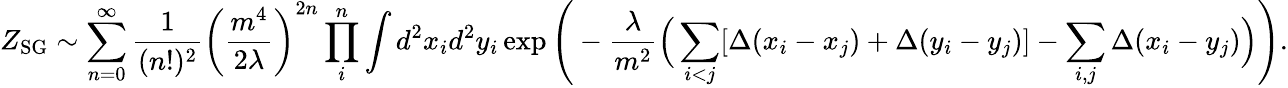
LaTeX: Z_{\mathrm{SG}}\sim\sum_{n=0}^{\infty}\frac{1}{(n!)^{2}}\left(\frac{m^{4}}{2\lambda}\right)^{2n}\prod_{i}^{n}\int d^{2}x_{i}d^{2}y_{i}\exp\Bigg(-\frac{\lambda}{m^{2}}\Big(\sum_{i<j}[\Delta(x_{i}-x_{j})+\Delta(y_{i}-y_{j})]-\sum_{i,j}\Delta(x_{i}-y_{j})\Big)\Bigg).